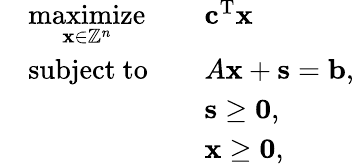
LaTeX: {\begin{array}{rlrl}&{{\underset{\mathbf{x}\in\mathbb{Z}^{n}}{\mathrm{maximize}}}}&&{\mathbf{c}^{\mathrm{T}}\mathbf{x}}\\ &{{\mathrm{subject~to}}}&&{A\mathbf{x}+\mathbf{s}=\mathbf{b},}\\ &{}&&{\mathbf{s}\geq\mathbf{0},}\\ &{}&&{\mathbf{x}\geq\mathbf{0},}\end{array}}